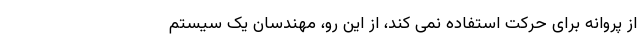
از پروانه برای حرکت استفاده نمی کند، از این رو، مهندسان یک سیستم